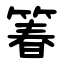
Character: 箺